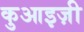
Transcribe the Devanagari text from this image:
कुआइज़ी